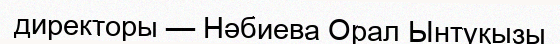
директоры — Нәбиева Орал Ынтуқызы